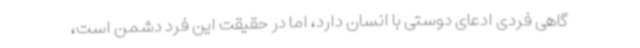
گاهی فردی ادعای دوستی با انسان دارد، اما در حقیقت این فرد دشمن است،